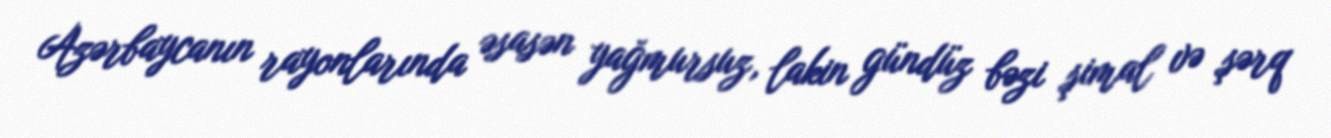
Azərbaycanın rayonlarında əsasən yağmursuz, lakin gündüz bəzi şimal və şərq